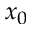
x _ { 0 }